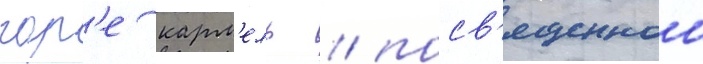
гор'е карм'ель / посв'ященнои